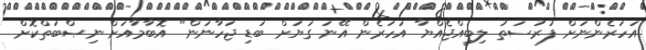
އަހަރެންނަށް ފުރުސަތު ލިބިއްޖެއްޔާ އަހަރެން އޭނަ ގަޔަށް ބަޑި ޖަހާނަން" އޮބާމާއަށް ނިޞްބަތްކޮށް